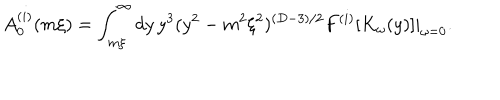
LaTeX: A _ { 0 } ^ { ( i ) } ( m \xi ) = \int _ { m \xi } ^ { \infty } d y \, y ^ { 3 } ( y ^ { 2 } - m ^ { 2 } \xi ^ { 2 } ) ^ { ( D - 3 ) / 2 } F ^ { ( i ) } [ K _ { \omega } ( y ) ] | _ { \omega = 0 } .